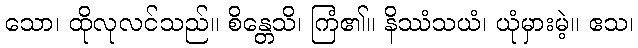
သော၊ ထိုလုလင်သည်။ စိန္တေသိ၊ ကြံ၏။ နိဿံသယံ၊ ယုံမှားမဲ့။ ဧသ၊